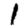
Digit: 1